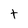
Character: t